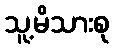
သူ့မိသားစု